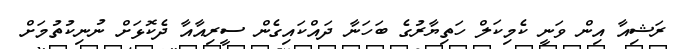
ރަޝިއާ އިން ވަނީ ކެމިކަލް ހަތިޔާރުގެ ބަހަނާ ދައްކައިގެން ސީރިއާއާ ދެކޮޅަށް ނުނިކުތުމަށް